Report on vaccination in Madras 1895-1903 - 1895-1903
Year: 1895
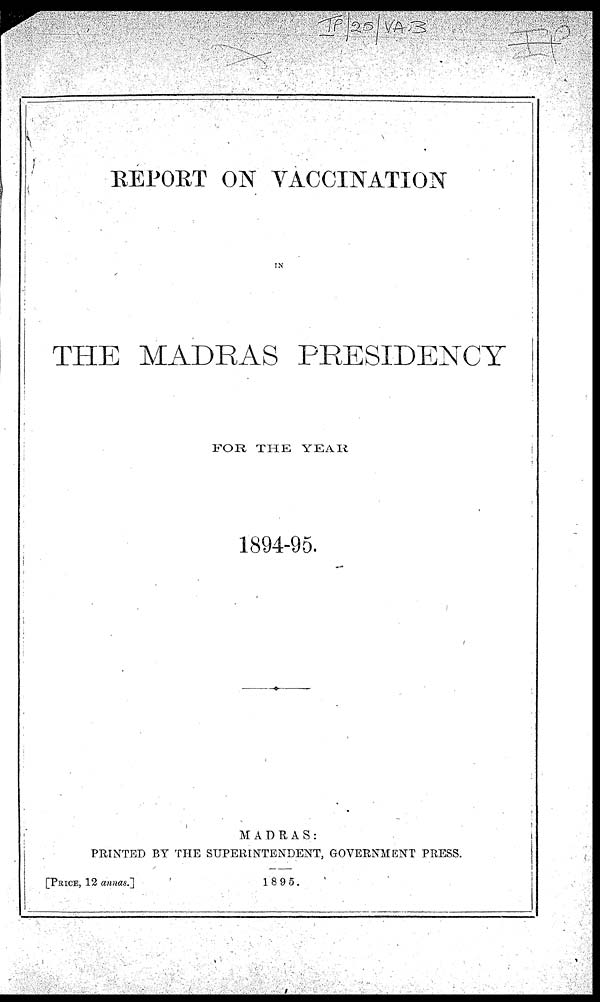
REPORT ON VACCINATION
IN
THE MADRAS PRESIDENCY
FOR THE YEAR
1894-95.
MADRAS :
PRINTED BY THE SUPERINTENDENT, GOVERNMENT PRESS.
[PRICE, 12 annas.]
1895.